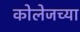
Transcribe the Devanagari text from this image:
कोलेजच्या